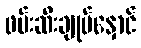
ဖမ်းဆီးချုပ်နှောင်